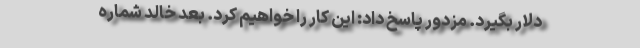
دلار بگیرد. مزدور پاسخ داد: این کار را خواهیم کرد. بعد خالد شماره